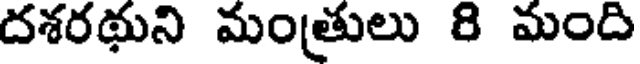
దశరథుని మంత్రులు 8 మంది